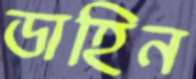
ডাহিন